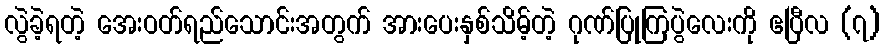
လွဲခဲ့ရတဲ့ အေးဝတ်ရည်သောင်းအတွက် အားပေးနှစ်သိမ့်တဲ့ ဂုဏ်ပြုကြပွဲလေးကို ဧပြီလ (၇)